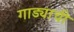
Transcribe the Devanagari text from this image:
गाड्याची